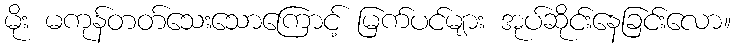
မိုး မကုန်တတ်သေးသောကြောင့် မြက်ပင်များ အုပ်ဆိုင်းနေခြင်းလော။